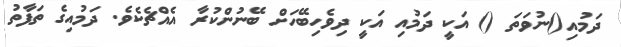
ދަމުއި()ނުވަތަ () އަކީ ދަމުއި އަކީ ދިވެހިބޭހަށް ބޭނުންކުރާ އެއްޗެކެވެ. ދަމުއިގެ ތަފާތު